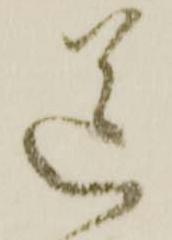
送